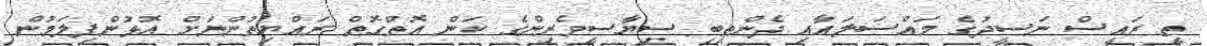
ތީ ރައީސް ނަސީދުގެ މައްސަލައާއި ދެންތިބި ސިޔާސީވެރިންގެ ކަން އޮތްގޮތް ރައްޔިތުންނަށް އޮޅުންފިލަމުން